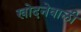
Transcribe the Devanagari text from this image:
खोदनेवाली